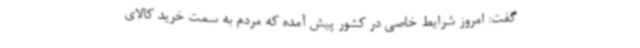
گفت: امروز شرایط خاصی در کشور پیش آمده که مردم به سمت خرید کالای